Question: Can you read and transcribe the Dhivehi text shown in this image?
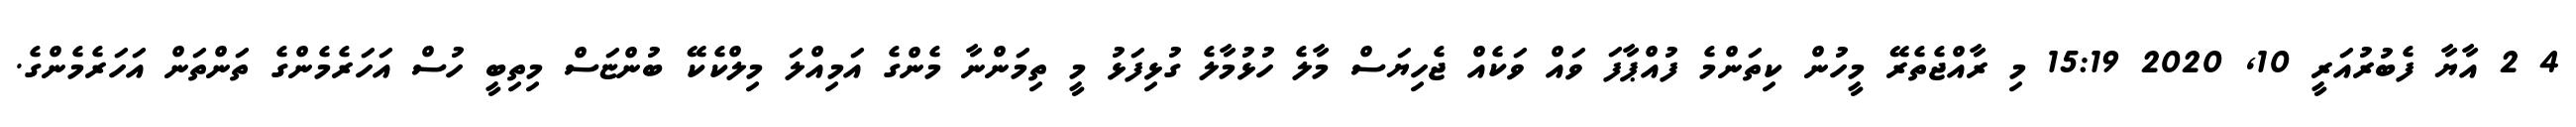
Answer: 4 2 އާޔާ ފެބުރުއަރީ 10, 2020 15:19 މި ރާއްޖެތެރޭ މީހުން ކިތަންމެ ފުއްޕާފަ ވައް ވަކެއް ޖެހިޔަސް މާލެ ހުޅުމާލެ ގުޅިފަޅު މީ ތިމަންނާ މެންގެ އަމިއްލަ މިލްކެކޭ ބުންޏަސް މިތިބީ ހުސް އަހަރެމެންގެ ތަންތަން އަހަރެމެންގެ.